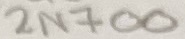
Text: 2N700